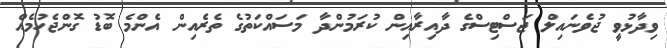
ވިދާޅުވީ ޖުވެނައިލް ޖަސްޓިސްގެ ދާއިރާއިން ކުރަމުންދާ މަސައްކަތުގެ ތެރެއިން އެންމެ ބޮޑު ގޮންޖެހުމެއް